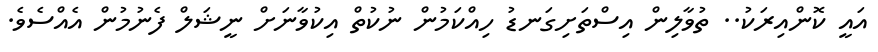
އައީ ކޮންއިރަކު.. ތުވާލިން އިސްތަށިގަނޑު ހިއްކަމުން ނުކުތް އިކުވާނަށް ނީޝަލް ފެނުމުން އެއްސެވެ.